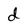
Character: d